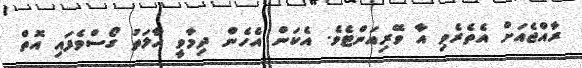
ރާއްޖެއަށް އެތެރެވި އާ ވޭރިއަންޓެވެ. އެކަން އެހެން ދިމާވީ ހާލަތު ގޯސްވެފައި އޮތް